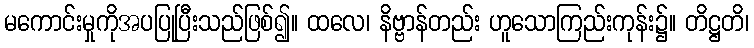
မကောင်းမှုကိုအပပြုပြီးသည်ဖြစ်၍။ ထလေ၊ နိဗ္ဗာန်တည်း ဟူသောကြည်းကုန်း၌။ တိဋ္ဌတိ၊